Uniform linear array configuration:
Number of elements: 12
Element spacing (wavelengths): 0.25
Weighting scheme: uniform
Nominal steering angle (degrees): -15
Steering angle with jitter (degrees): -14.929
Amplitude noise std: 0.05
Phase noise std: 0.05

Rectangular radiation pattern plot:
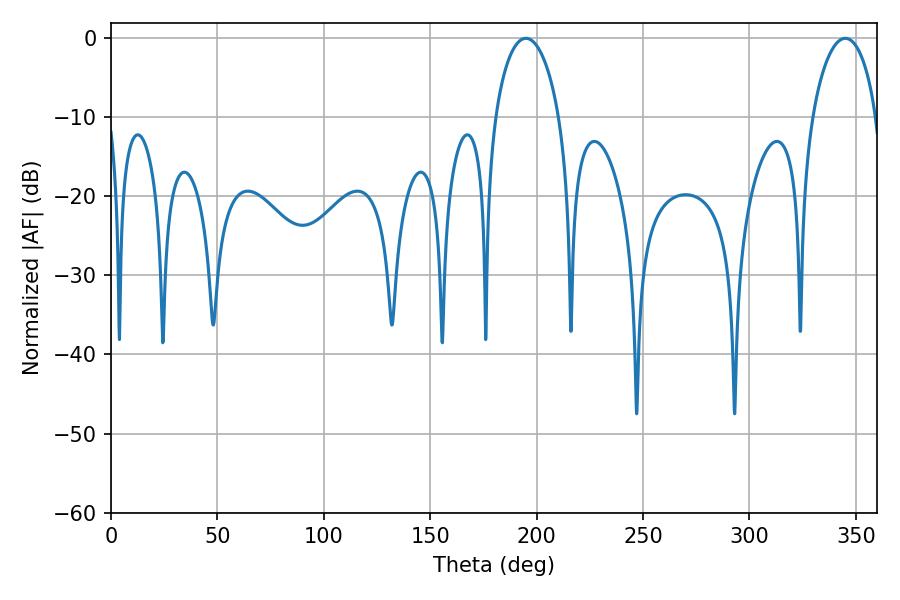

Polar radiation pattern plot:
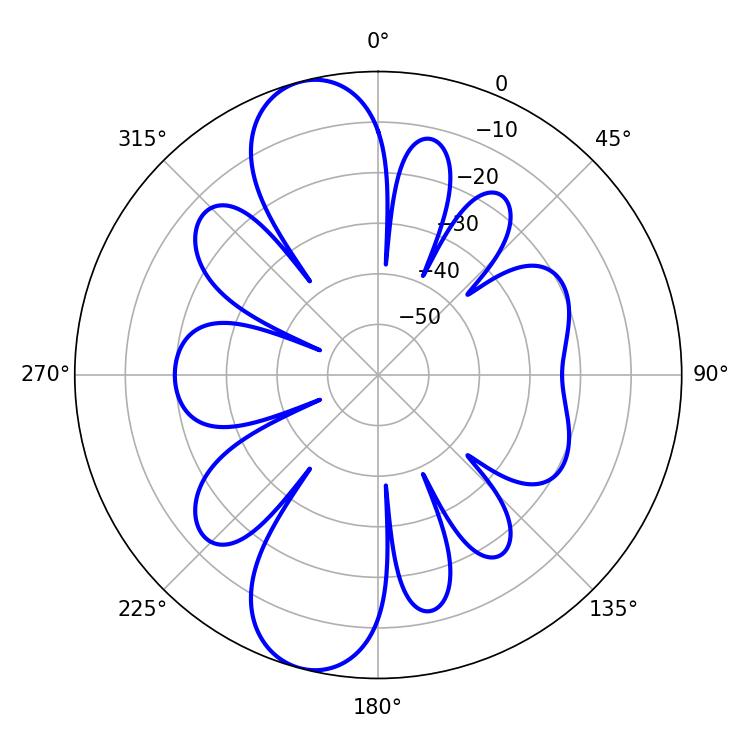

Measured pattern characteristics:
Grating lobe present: FALSE
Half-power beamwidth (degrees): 17.28
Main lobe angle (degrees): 194.94